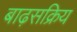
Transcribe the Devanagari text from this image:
बाढ़सक्रिय